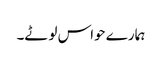
ہمارے حواس لوٹے۔